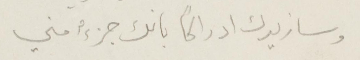
وسازيدك ادراكًا بانك جزءٌ مني